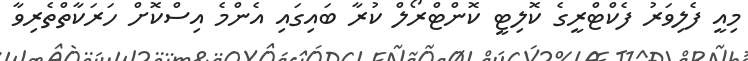
މިއީ ފެލިވަރު ފެކްޓްރީގެ ކޮލިޓީ ކޮންޓްރޯލް ކުރާ ބައިގައި އެންމެ އިސްކޮށް ހަރަކާތްތެރިވާ